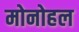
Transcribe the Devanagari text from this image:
मोनोहल